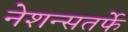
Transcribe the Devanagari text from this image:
नेशन्सतर्फे